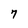
Character: 7